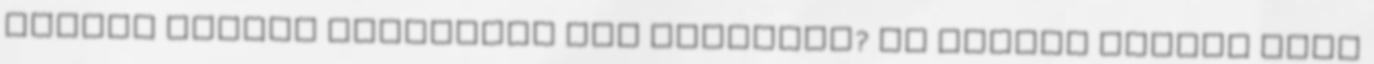
sokkal jobban elvégezni egy hadsereg? Ez őrület Vissza kéne